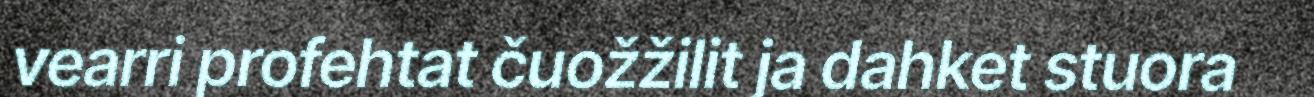
vearri profehtat čuožžilit ja dahket stuora